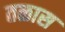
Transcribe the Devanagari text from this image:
तळास